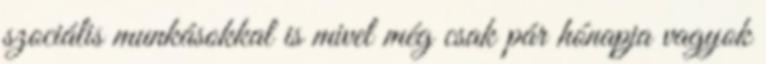
szociális munkásokkal is mivel még csak pár hónapja vagyok